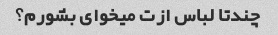
چندتا لباس ازت میخوای بشورم؟